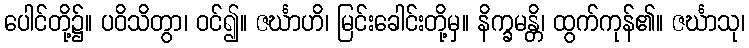
ပေါင်တို့၌။ ပဝိသိတွာ၊ ဝင်၍။ ဇင်္ဃာဟိ၊ မြင်းခေါင်းတို့မှ။ နိက္ခမန္တိ၊ ထွက်ကုန်၏။ ဇင်္ဃာသု၊